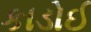
કાડોઈ